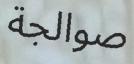
صوالجة